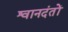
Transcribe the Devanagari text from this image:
श्वानदंतों